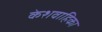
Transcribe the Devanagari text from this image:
केशवाहिका